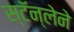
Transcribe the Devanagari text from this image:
स्टॅन्लेने